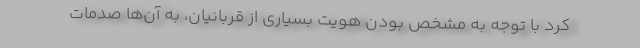
کرد با توجه به مشخص بودن هویت بسیاری از قربانیان، به آن‌ها صدمات